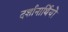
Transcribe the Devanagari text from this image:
दर्शानार्थियों